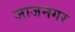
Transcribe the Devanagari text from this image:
जाजनगर